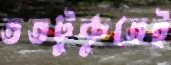
ততটুকুতেই